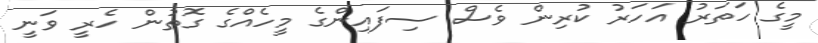
މީގެ ހަތަރު އަހަރު ކުރިން ވެސް ސިފައިންގެ މީހެއްގެ ގޮތުން ހެރީ ވަނީ